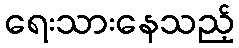
ရေးသားနေသည့်